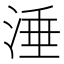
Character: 涶